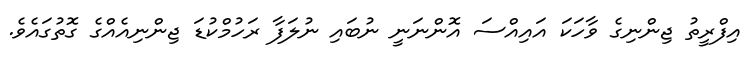
އިފްރީތު ޖިންނިގެ ވާހަކަ އައިއްސަ އޮންނަނީ ނުބައި ނުލަފާ ރަހުމްކުޑަ ޖިންނިއެއްގެ ގޮތުގައެވެ.